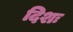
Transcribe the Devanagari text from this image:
दिशः